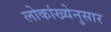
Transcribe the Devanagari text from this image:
लोकांख्येनुसार